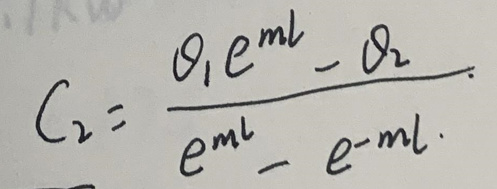
\[
C_{2}=\frac{\theta_{1}e^{ml}-\theta_{2}}{e^{ml}-e^{-ml}}
\]